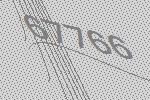
67766